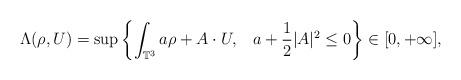
LaTeX: \begin{align*}\Lambda(\rho,U)=\sup\left\{\int_{\mathbb{T}^3} a\rho+A\cdot U,\;\;\;a+\frac{1}{2}|A|^2\le 0\right\}\in [0,+\infty],\end{align*}